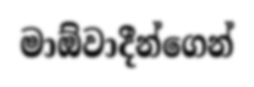
මාඕවාදීන්ගෙන්